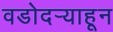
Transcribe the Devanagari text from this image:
वडोदऱ्याहून